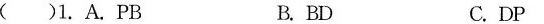
()1.A.PB B.BD C.DP